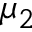
\mu _ { 2 }